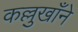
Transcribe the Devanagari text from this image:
कल्लुखाँने